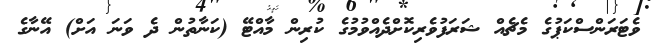
ވެޓަރަންސްކަޕުގެ މެޗެއް ޝަރަފުވެރިކޮށްދެއްވުމުގެ ކުރިން މާއްޓޭ (ކަނާތުން ދެ ވަނަ އަށް) އޭނާގެ